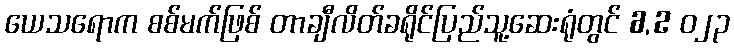
ယေသရောက စစ်မက်ဖြစ် တာချီလိတ်ခရိုင်ပြည်သူ့ဆေးရုံတွင် 6,2 ၀၂၃